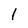
Character: 1